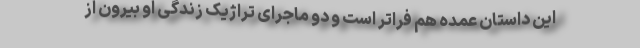
این داستان عمده هم فراتر است و دو ماجرای تراژیک زندگی او بیرون از